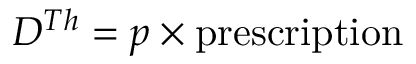
D ^ { T h } = p \times \mathrm { p r e s c r i p t i o n }